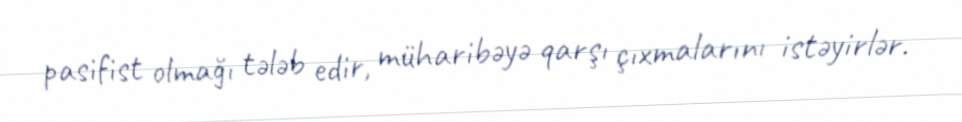
pasifist olmağı tələb edir, müharibəyə qarşı çıxmalarını istəyirlər.